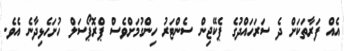
އެއް ފަރާތަކަށް ދެ ސަރަހައްދުގެ ޕެކޭޖިން ސެންޓަރު ހިންގުމަށްވެސް ޕްރޮޕޯސަލް ހުށަހެޅިދާނެ އެވެ.